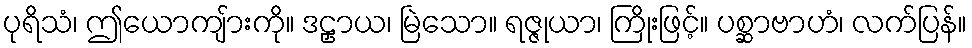
ပုရိသံ၊ ဤယောကျ်ားကို။ ဒဠှာယ၊ မြဲသော။ ရဇ္ဇုယာ၊ ကြိုးဖြင့်။ ပစ္ဆာဗာဟံ၊ လက်ပြန်။